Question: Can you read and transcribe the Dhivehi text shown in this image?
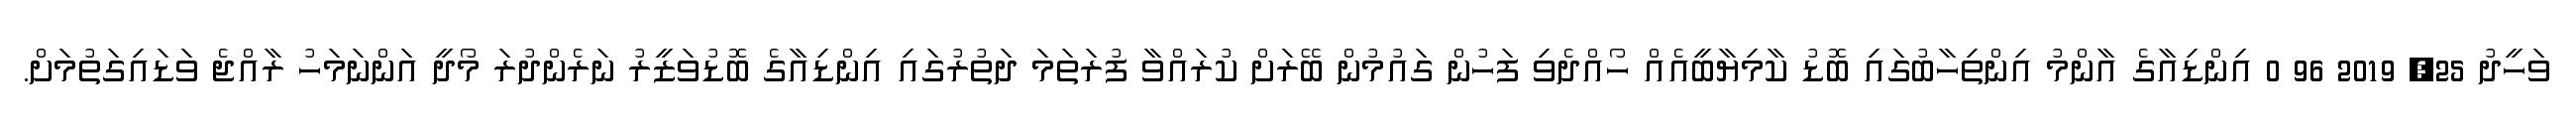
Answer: ވަހީދު 25, 2019 96 0 އިންޑިއާގެ އާންމު އިންތިހާބުގައި ބޮޑު ކާމިޔާބީއެއް ހޯއްދެވި ފަހުން ގައުމުން ބޭރަށް ކުރައްވާ ފުރަތަމަ ދަތުރުގައި އިންޑިއާގެ ބޮޑުވަޒީރު ނަރެންދުރަ މޯދީ އަންނަމަހު ރާއްޖެ ވަޑައިގަތުމަށް.